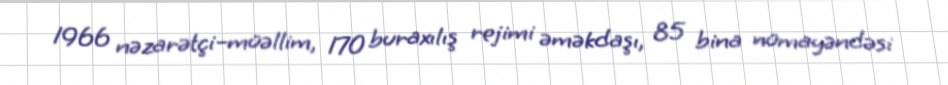
1966 nəzarətçi–müəllim, 170 buraxılış rejimi əməkdaşı, 85 bina nümayəndəsi